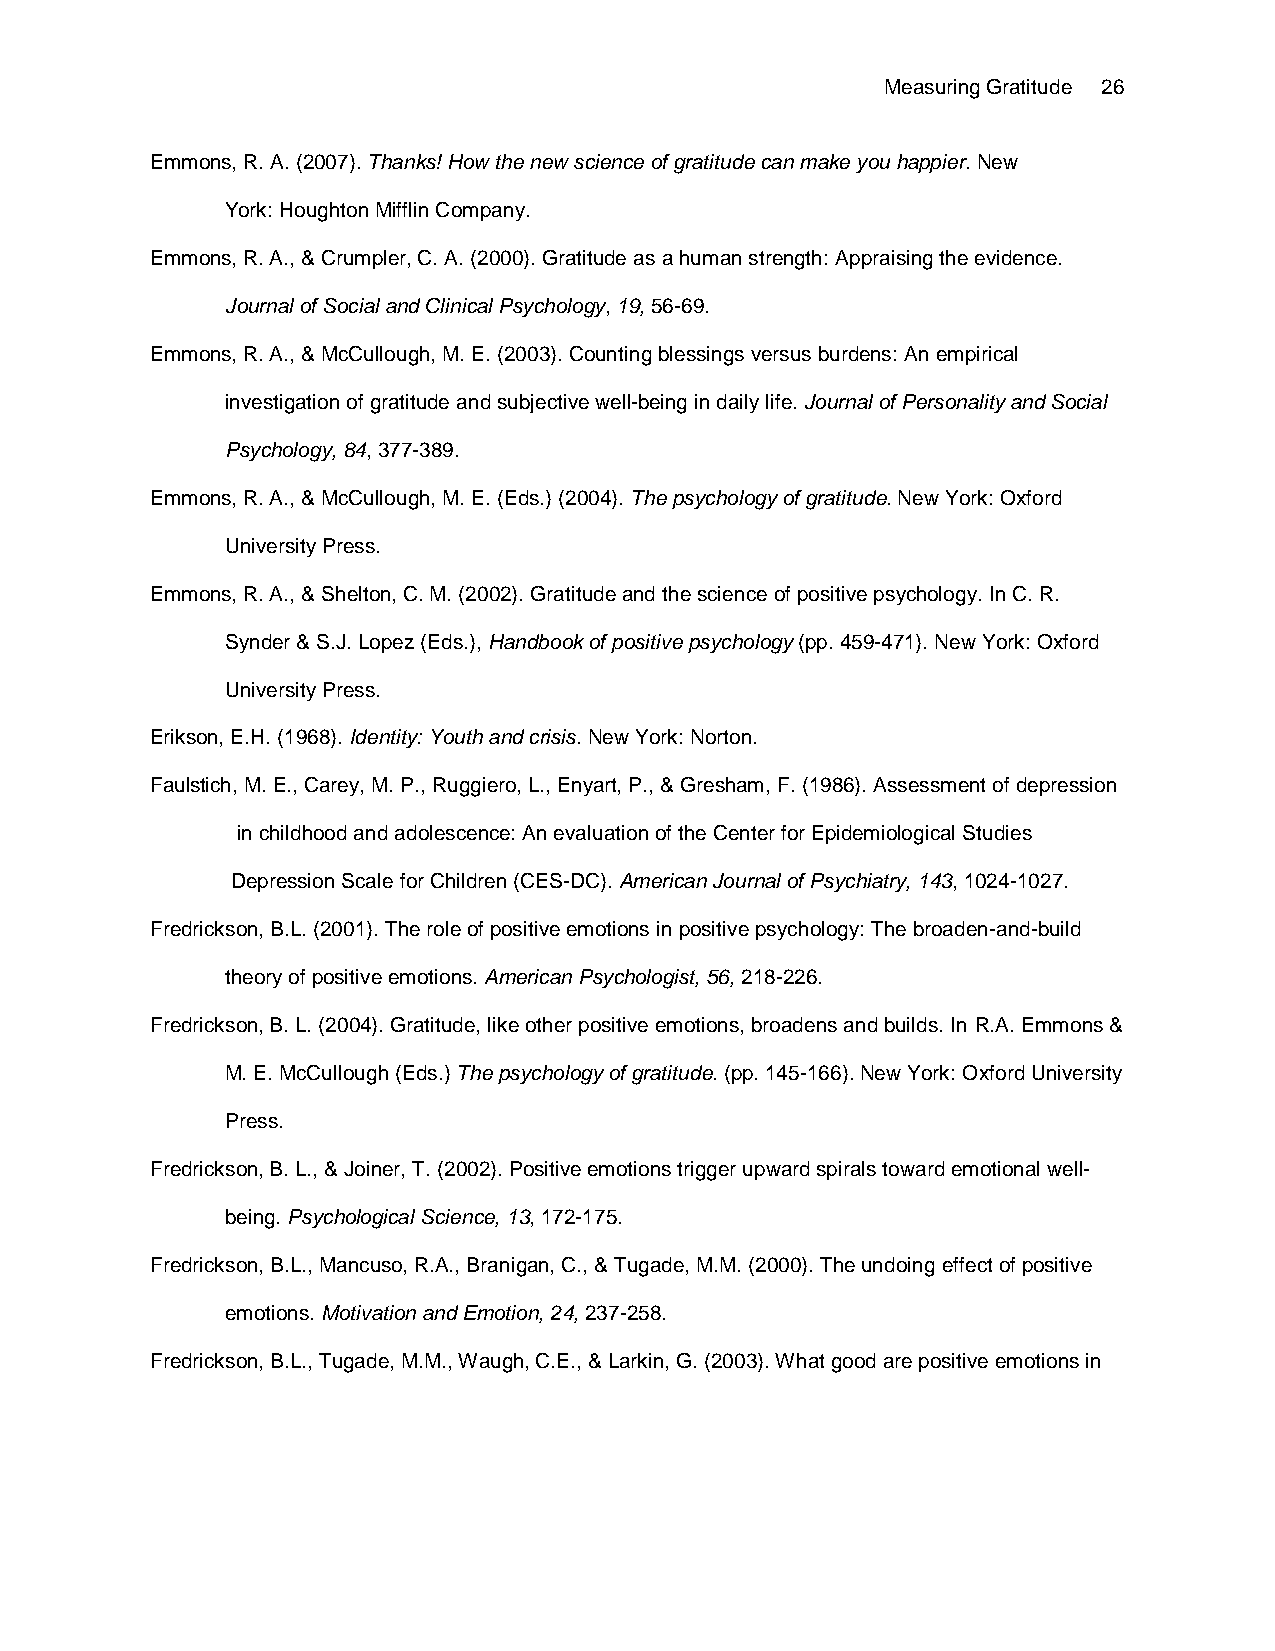
Measuring Gratitude 26
 Emmons, R. A. (2007). Thanks! How the new science of gratitude can make you happier. New
 York: Houghton Mifflin Company.
 Emmons, R. A., & Crumpler, C. A. (2000). Gratitude as a human strength: Appraising the evidence.
 Journal of Social and Clinical Psychology, 19, 56-69.
 Emmons, R. A., & McCullough, M. E. (2003). Counting blessings versus burdens: An empirical
 investigation of gratitude and subjective well-being in daily life. Journal of Personality and Social
 Psychology, 84, 377-389.
 Emmons, R. A., & McCullough, M. E. (Eds.) (2004). The psychology of gratitude. New York: Oxford
 University Press.
 Emmons, R. A., & Shelton, C. M. (2002). Gratitude and the science of positive psychology. In C. R.
 Synder & S.J. Lopez (Eds.), Handbook of positive psychology (pp. 459-471). New York: Oxford
 University Press.
 Erikson, E.H. (1968). Identity: Youth and crisis. New York: Norton.
 Faulstich, M. E., Carey, M. P., Ruggiero, L., Enyart, P., & Gresham, F. (1986). Assessment of depression
 in childhood and adolescence: An evaluation of the Center for Epidemiological Studies
 Depression Scale for Children (CES-DC). American Journal of Psychiatry, 143, 1024-1027.
 Fredrickson, B.L. (2001). The role of positive emotions in positive psychology: The broaden-and-build
 theory of positive emotions. American Psychologist, 56, 218-226.
 Fredrickson, B. L. (2004). Gratitude, like other positive emotions, broadens and builds. In R.A. Emmons &
 M. E. McCullough (Eds.) The psychology of gratitude. (pp. 145-166). New York: Oxford University
 Press.
 Fredrickson, B. L., & Joiner, T. (2002). Positive emotions trigger upward spirals toward emotional well-
 being. Psychological Science, 13, 172-175.
 Fredrickson, B.L., Mancuso, R.A., Branigan, C., & Tugade, M.M. (2000). The undoing effect of positive
 emotions. Motivation and Emotion, 24, 237-258.
 Fredrickson, B.L., Tugade, M.M., Waugh, C.E., & Larkin, G. (2003). What good are positive emotions in